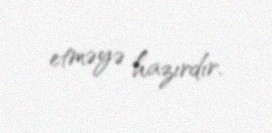
etməyə hazırdır.